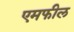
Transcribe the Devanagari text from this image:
एमफील